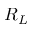
R _ { L }